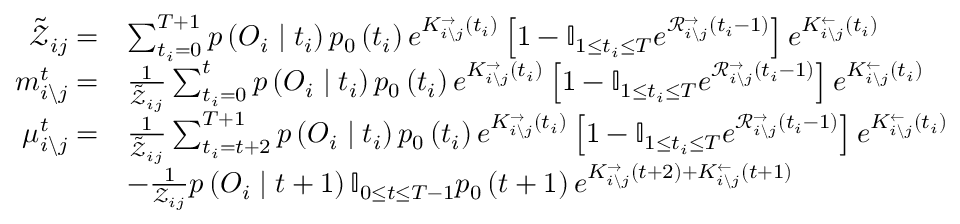
\begin{array} { r l } { \tilde { \mathcal { Z } } _ { i j } = } & { \sum _ { t _ { i } = 0 } ^ { T + 1 } p \left( \boldsymbol { O } _ { i } \mid t _ { i } \right) p _ { 0 } \left( t _ { i } \right) e ^ { K _ { i \backslash j } ^ { \rightarrow } \left( t _ { i } \right) } \left[ 1 - \mathbb { I } _ { 1 \leq t _ { i } \leq T } e ^ { \mathcal { R } _ { i \backslash j } ^ { \rightarrow } \left( t _ { i } - 1 \right) } \right] e ^ { K _ { i \backslash j } ^ { \leftarrow } \left( t _ { i } \right) } } \\ { m _ { i \backslash j } ^ { t } = } & { \frac { 1 } { \tilde { \mathcal { Z } } _ { i j } } \sum _ { t _ { i } = 0 } ^ { t } p \left( \boldsymbol { O } _ { i } \mid t _ { i } \right) p _ { 0 } \left( t _ { i } \right) e ^ { K _ { i \backslash j } ^ { \rightarrow } \left( t _ { i } \right) } \left[ 1 - \mathbb { I } _ { 1 \leq t _ { i } \leq T } e ^ { \mathcal { R } _ { i \backslash j } ^ { \rightarrow } \left( t _ { i } - 1 \right) } \right] e ^ { K _ { i \backslash j } ^ { \leftarrow } \left( t _ { i } \right) } } \\ { \mu _ { i \backslash j } ^ { t } = } & { \frac { 1 } { \tilde { \mathcal { Z } } _ { i j } } \sum _ { t _ { i } = t + 2 } ^ { T + 1 } p \left( \boldsymbol { O } _ { i } \mid t _ { i } \right) p _ { 0 } \left( t _ { i } \right) e ^ { K _ { i \backslash j } ^ { \rightarrow } \left( t _ { i } \right) } \left[ 1 - \mathbb { I } _ { 1 \leq t _ { i } \leq T } e ^ { \mathcal { R } _ { i \backslash j } ^ { \rightarrow } \left( t _ { i } - 1 \right) } \right] e ^ { K _ { i \backslash j } ^ { \leftarrow } \left( t _ { i } \right) } } \\ & { - \frac { 1 } { \mathcal { Z } _ { i j } } p \left( \boldsymbol { O } _ { i } \mid t + 1 \right) \mathbb { I } _ { 0 \leq t \leq T - 1 } p _ { 0 } \left( t + 1 \right) e ^ { K _ { i \backslash j } ^ { \rightarrow } \left( t + 2 \right) + K _ { i \backslash j } ^ { \leftarrow } \left( t + 1 \right) } } \end{array}